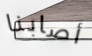
أصابنا